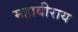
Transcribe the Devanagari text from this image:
महावीराय